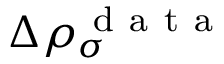
\Delta \rho _ { \sigma } ^ { \mathrm { ~ d ~ a ~ t ~ a ~ } }